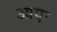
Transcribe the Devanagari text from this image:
आएः